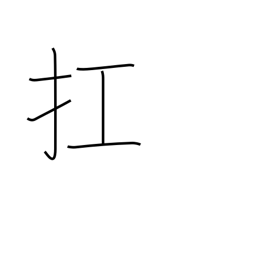
Meaning: raise